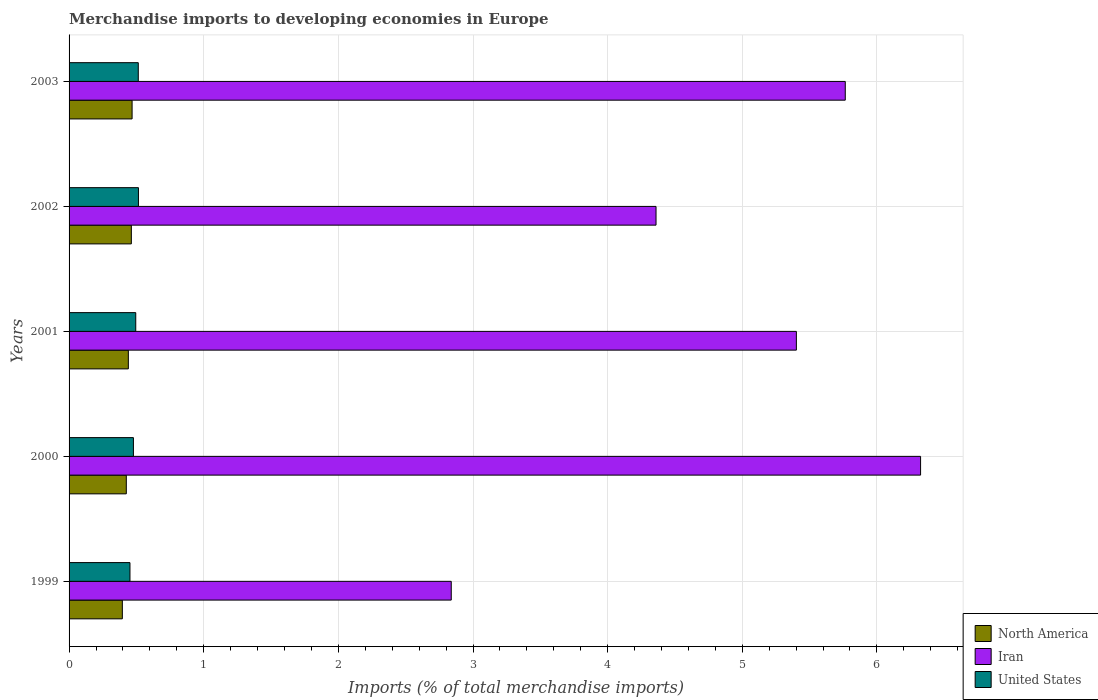
| Years | North America | Iran | United States |
 | --- | --- | --- | --- |
 | 1999 | 0.396 | 2.84 | 0.452 |
 | 2000 | 0.425 | 6.32 | 0.478 |
 | 2001 | 0.44 | 5.4 | 0.495 |
 | 2002 | 0.463 | 4.36 | 0.515 |
 | 2003 | 0.468 | 5.76 | 0.514 |